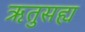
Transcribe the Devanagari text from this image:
ऋतुसह्य